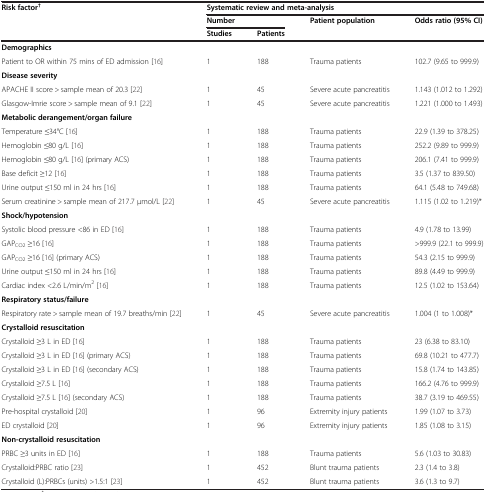
<table><thead><tr><td rowspan="3"><b>Risk factor<sup>†</sup></b></td><td colspan="4"><b>Systematic review and meta-analysis</b></td></tr><tr><td colspan="2"><b>Number</b></td><td rowspan="2"><b>Patient population</b></td><td rowspan="2"><b>Odds ratio (95% CI)</b></td></tr><tr><td><b>Studies</b></td><td><b>Patients</b></td></tr></thead><tbody><tr><td colspan="5"><b>Demographics</b></td></tr><tr><td>Patient to OR within 75 mins of ED admission [16]</td><td>1</td><td>188</td><td>Trauma patients</td><td>102.7 (9.65 to 999.9)</td></tr><tr><td colspan="5"><b>Disease severity</b></td></tr><tr><td>APACHE II score &gt; sample mean of 20.3 [22]</td><td>1</td><td>45</td><td>Severe acute pancreatitis</td><td>1.143 (1.012 to 1.292)</td></tr><tr><td>Glasgow-Imrie score &gt; sample mean of 9.1 [22]</td><td>1</td><td>45</td><td>Severe acute pancreatitis</td><td>1.221 (1.000 to 1.493)</td></tr><tr><td colspan="5"><b>Metabolic derangement/organ failure</b></td></tr><tr><td>Temperature ≤34°C [16]</td><td>1</td><td>188</td><td>Trauma patients</td><td>22.9 (1.39 to 378.25)</td></tr><tr><td>Hemoglobin ≤80 g/L [16]</td><td>1</td><td>188</td><td>Trauma patients</td><td>252.2 (9.89 to 999.9)</td></tr><tr><td>Hemoglobin ≤80 g/L [16] (primary ACS)</td><td>1</td><td>188</td><td>Trauma patients</td><td>206.1 (7.41 to 999.9)</td></tr><tr><td>Base deficit ≥12 [16]</td><td>1</td><td>188</td><td>Trauma patients</td><td>3.5 (1.37 to 839.50)</td></tr><tr><td>Urine output ≤150 ml in 24 hrs [16]</td><td>1</td><td>188</td><td>Trauma patients</td><td>64.1 (5.48 to 749.68)</td></tr><tr><td>Serum creatinine &gt; sample mean of 217.7 μmol/L [22]</td><td>1</td><td>45</td><td>Severe acute pancreatitis</td><td>1.115 (1.02 to 1.219)*</td></tr><tr><td colspan="5"><b>Shock/hypotension</b></td></tr><tr><td>Systolic blood pressure &lt;86 in ED [16]</td><td>1</td><td>188</td><td>Trauma patients</td><td>4.9 (1.78 to 13.99)</td></tr><tr><td>GAP<sub>CO2</sub> ≥16 [16]</td><td>1</td><td>188</td><td>Trauma patients</td><td>&gt;999.9 (22.1 to 999.9)</td></tr><tr><td>GAP<sub>CO2</sub> ≥16 [16] (primary ACS)</td><td>1</td><td>188</td><td>Trauma patients</td><td>54.3 (2.15 to 999.9)</td></tr><tr><td>Urine output ≤150 ml in 24 hrs [16]</td><td>1</td><td>188</td><td>Trauma patients</td><td>89.8 (4.49 to 999.9)</td></tr><tr><td>Cardiac index &lt;2.6 L/min/m<sup>2</sup>[16]</td><td>1</td><td>188</td><td>Trauma patients</td><td>12.5 (1.02 to 153.64)</td></tr><tr><td colspan="5"><b>Respiratory status/failure</b></td></tr><tr><td>Respiratory rate &gt; sample mean of 19.7 breaths/min [22]</td><td>1</td><td>45</td><td>Severe acute pancreatitis</td><td>1.004 (1 to 1.008)*</td></tr><tr><td colspan="5"><b>Crystalloid resuscitation</b></td></tr><tr><td>Crystalloid ≥3 L in ED [16]</td><td>1</td><td>188</td><td>Trauma patients</td><td>23 (6.38 to 83.10)</td></tr><tr><td>Crystalloid ≥3 L in ED [16] (primary ACS)</td><td>1</td><td>188</td><td>Trauma patients</td><td>69.8 (10.21 to 477.7)</td></tr><tr><td>Crystalloid ≥3 L in ED [16] (secondary ACS)</td><td>1</td><td>188</td><td>Trauma patients</td><td>15.8 (1.74 to 143.85)</td></tr><tr><td>Crystalloid ≥7.5 L [16]</td><td>1</td><td>188</td><td>Trauma patients</td><td>166.2 (4.76 to 999.9)</td></tr><tr><td>Crystalloid ≥7.5 L [16] (secondary ACS)</td><td>1</td><td>188</td><td>Trauma patients</td><td>38.7 (3.19 to 469.55)</td></tr><tr><td>Pre-hospital crystalloid [20]</td><td>1</td><td>96</td><td>Extremity injury patients</td><td>1.99 (1.07 to 3.73)</td></tr><tr><td>ED crystalloid [20]</td><td>1</td><td>96</td><td>Extremity injury patients</td><td>1.85 (1.08 to 3.15)</td></tr><tr><td colspan="5"><b>Non-crystalloid resuscitation</b></td></tr><tr><td>PRBC ≥3 units in ED [16]</td><td>1</td><td>188</td><td>Trauma patients</td><td>5.6 (1.03 to 30.83)</td></tr><tr><td>Crystalloid:PRBC ratio [23]</td><td>1</td><td>452</td><td>Blunt trauma patients</td><td>2.3 (1.4 to 3.8)</td></tr><tr><td>Crystalloid (L):PRBCs (units) &gt;1.5:1 [23]</td><td>1</td><td>452</td><td>Blunt trauma patients</td><td>3.6 (1.3 to 9.7)</td></tr></tbody></table>